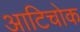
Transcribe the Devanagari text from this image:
आटिचोक